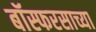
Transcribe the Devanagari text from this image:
बॉस्फरसाच्या